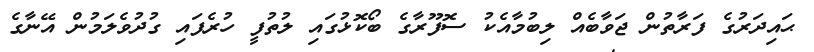
ޙައިދަރުގެ ފަރާތުން ޖަވާބެއް ލިބުމާއެކު ސޮފޫރާގެ ބޯކޮޅުގައި ލުތުފީ ހުރެފައި ގުދުވެލަމުން އޭނާގެ